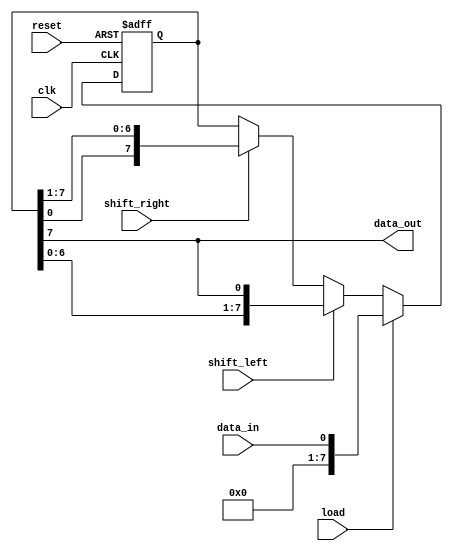
module shift_register (
  input wire clk,
  input wire reset,
  input wire shift_left,
  input wire shift_right,
  input wire data_in,
  input wire load,
  output wire data_out
);

parameter SIZE = 8; // Number of flip-flops in shift register

reg [SIZE-1:0] memory;

always @(posedge clk or posedge reset) begin
  if (reset) begin
    memory <= 0;
  end else begin
    if (load) begin
      memory <= data_in;
    end else begin
      if (shift_left) begin
        memory <= {memory[SIZE-2:0], memory[SIZE-1]};
      end else if (shift_right) begin
        memory <= {memory[0], memory[SIZE-1:1]};
      end
    end
  end
end

assign data_out = memory[SIZE-1];

endmodule